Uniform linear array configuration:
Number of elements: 4
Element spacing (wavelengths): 0.5
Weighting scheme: kaiser
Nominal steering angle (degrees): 15
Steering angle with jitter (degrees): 14.398
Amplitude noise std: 0.05
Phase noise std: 0.05

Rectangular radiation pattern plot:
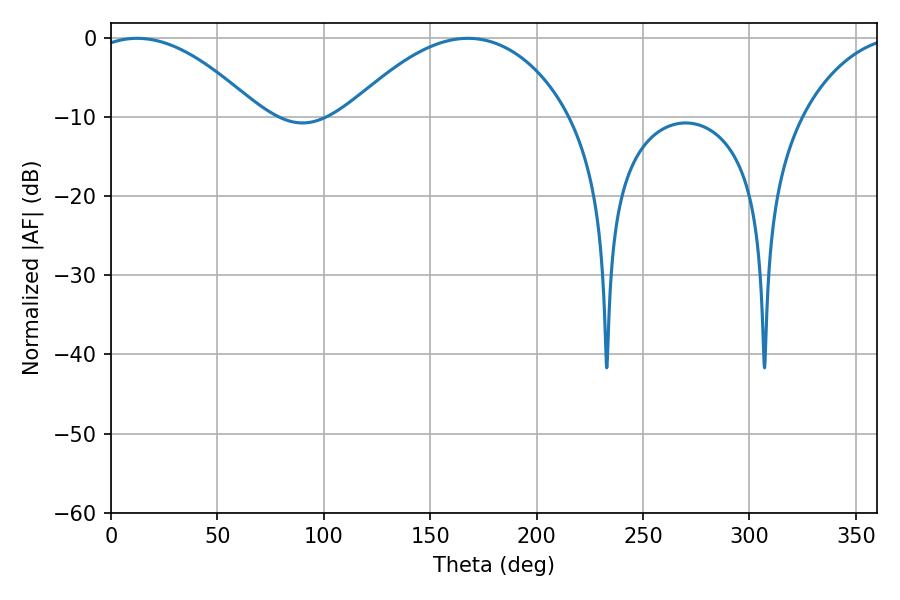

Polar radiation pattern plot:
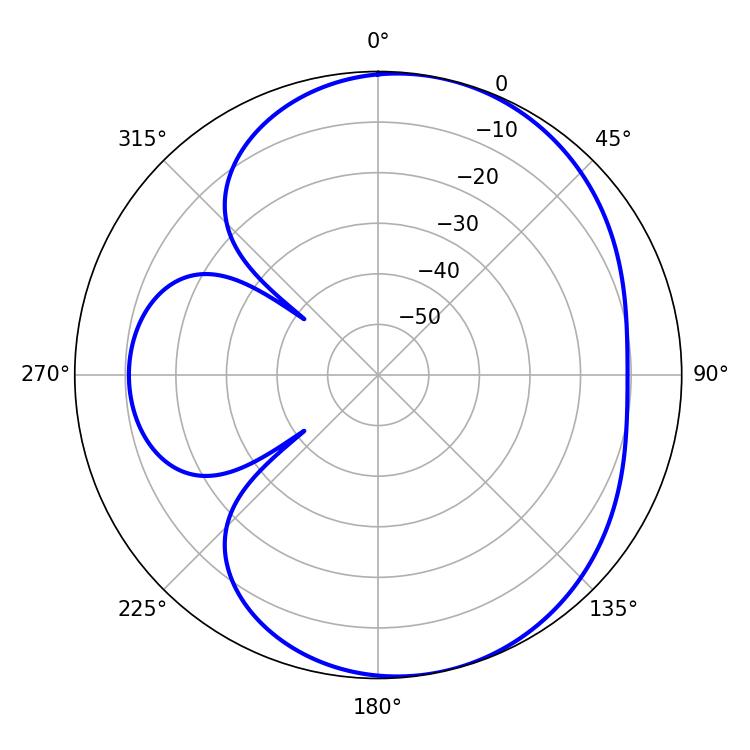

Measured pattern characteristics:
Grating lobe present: FALSE
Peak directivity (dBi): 5.878
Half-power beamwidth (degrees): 43.02
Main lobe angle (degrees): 12.24